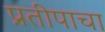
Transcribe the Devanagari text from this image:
प्रतीपाचा